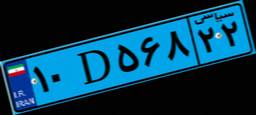
۱۰D۵۶۸۲۲